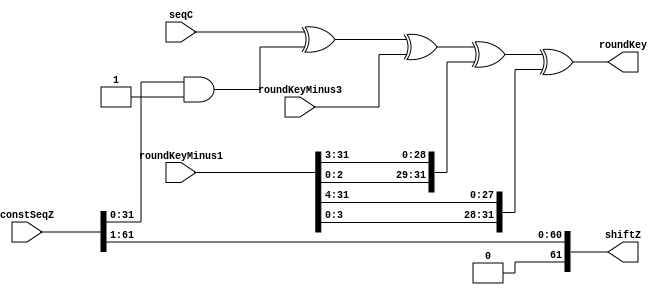
`timescale 1ns / 1ps

module keySchedule #(
        parameter n = 32,               // Word size
        parameter m = 3                 // Number of key words
        )(
        input [n-1:0] seqC,             // 2^n - 4; 32 bits to store
        input [61:0] constSeqZ,         // Constant sequence z_0...z_5 (z_2 for 64/96)
        input [n-1:0] roundKeyMinus3,   // rk[i-3] input key
        input [n-1:0] roundKeyMinus1,   // rk[i-1] input key
        
        output reg [61:0] shiftZ,       // Shifted constant sequence
        output reg [n-1:0] roundKey     // Generated roundKey
    );
    
    // Key Scheduling (just one key)
    always @ * begin
        roundKey = seqC ^
                   (constSeqZ & 1) ^
                   roundKeyMinus3 ^
                   { roundKeyMinus1[2:0], roundKeyMinus1[n-1:3] } ^     // 3-bit right circular shift
                   { roundKeyMinus1[3:0], roundKeyMinus1[n-1:4] };      // 4-bit right circular shift
        shiftZ = constSeqZ >> 1;
    end
    
endmodule